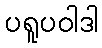
ပရူပဝါဒါ